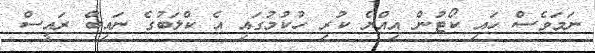
ނަމަވެސް ހައި ކޯޓުން އިއްޔެ ކުރި ހުކުމުގައި އެ ކްލަބުގެ ނައިބް ރައީސް